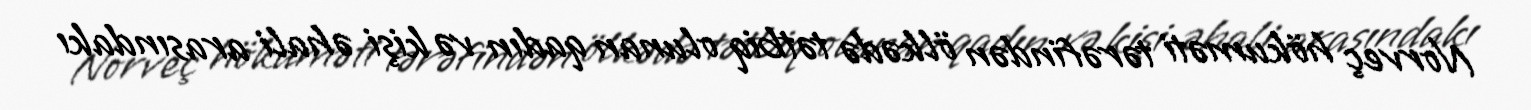
Norveç hökuməti tərəfindən ölkədə tətbiq olunan qadın və kişi əhali arasındakı